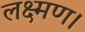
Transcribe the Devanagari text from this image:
लक्ष्मण।